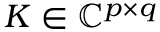
\b { K } \in \mathbb { C } ^ { p \times q }